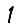
Digit: 1